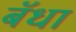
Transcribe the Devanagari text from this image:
बॅधा